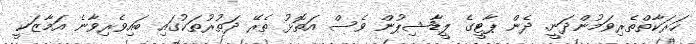
ހަރަކާތްތެރިވަމުންދަނީ. ދެން ޕާޓީގެ ލީޑާޝިޕުން ވެސް އަތޮޅު ތެރޭ ދަތުރުތަކުގައި ބައިވެރިވާނެ އަމާޒަކީ